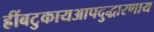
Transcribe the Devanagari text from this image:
ह्रींबटुकायआपदुद्धारणाय